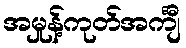
အမှုန့်ကုတ်အင်္ကျီ